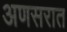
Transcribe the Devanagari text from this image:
अणसरात